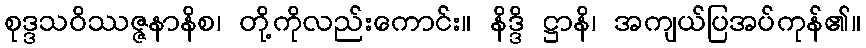
စုဒ္ဒသဝိဿဇ္ဇနာနိစ၊ တို့ကိုလည်းကောင်း။ နိဒ္ဒိ ဋ္ဌာနိ၊ အကျယ်ပြအပ်ကုန်၏။